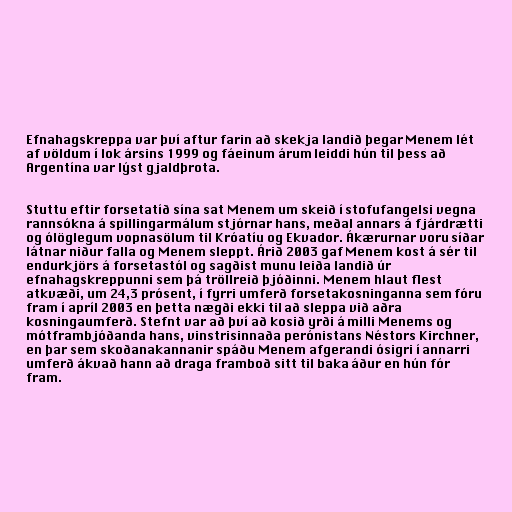
Efnahagskreppa var því aftur farin að skekja landið þegar Menem lét
af völdum í lok ársins 1999 og fáeinum árum leiddi hún til þess að
Argentína var lýst gjaldþrota.

Stuttu eftir forsetatíð sína sat Menem um skeið í stofufangelsi vegna
rannsókna á spillingarmálum stjórnar hans, meðal annars á fjárdrætti
og ólöglegum vopnasölum til Króatíu og Ekvador. Ákærurnar voru síðar
látnar niður falla og Menem sleppt. Árið 2003 gaf Menem kost á sér til
endurkjörs á forsetastól og sagðist munu leiða landið úr
efnahagskreppunni sem þá tröllreið þjóðinni. Menem hlaut flest
atkvæði, um 24,3 prósent, í fyrri umferð forsetakosninganna sem fóru
fram í apríl 2003 en þetta nægði ekki til að sleppa við aðra
kosningaumferð. Stefnt var að því að kosið yrði á milli Menems og
mótframbjóðanda hans, vinstrisinnaða perónistans Néstors Kirchner,
en þar sem skoðanakannanir spáðu Menem afgerandi ósigri í annarri
umferð ákvað hann að draga framboð sitt til baka áður en hún fór
fram.